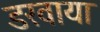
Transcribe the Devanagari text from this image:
डरवाया